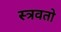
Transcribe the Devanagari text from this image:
स्त्रवतो